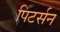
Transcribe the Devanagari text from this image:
पिटर्सन